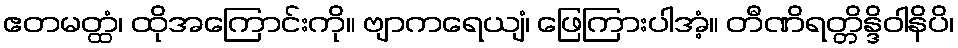
ဧတမတ္ထံ၊ ထိုအကြောင်းကို။ ဗျာကရေယျံ၊ ဖြေကြားပါအံ့။ တီဏိရတ္တိန္ဒိဝါနိပိ၊